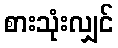
စားသုံးလျှင်